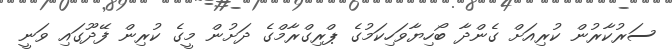
ސަރުކާރުން ކުރިއަށް ގެންދާ ބޯހިޔާވަހިކަމުގެ ޕްރިގްރާމްގެ ދަށުން މީގެ ކުރިން ފޭދޫގައި ވަނީ